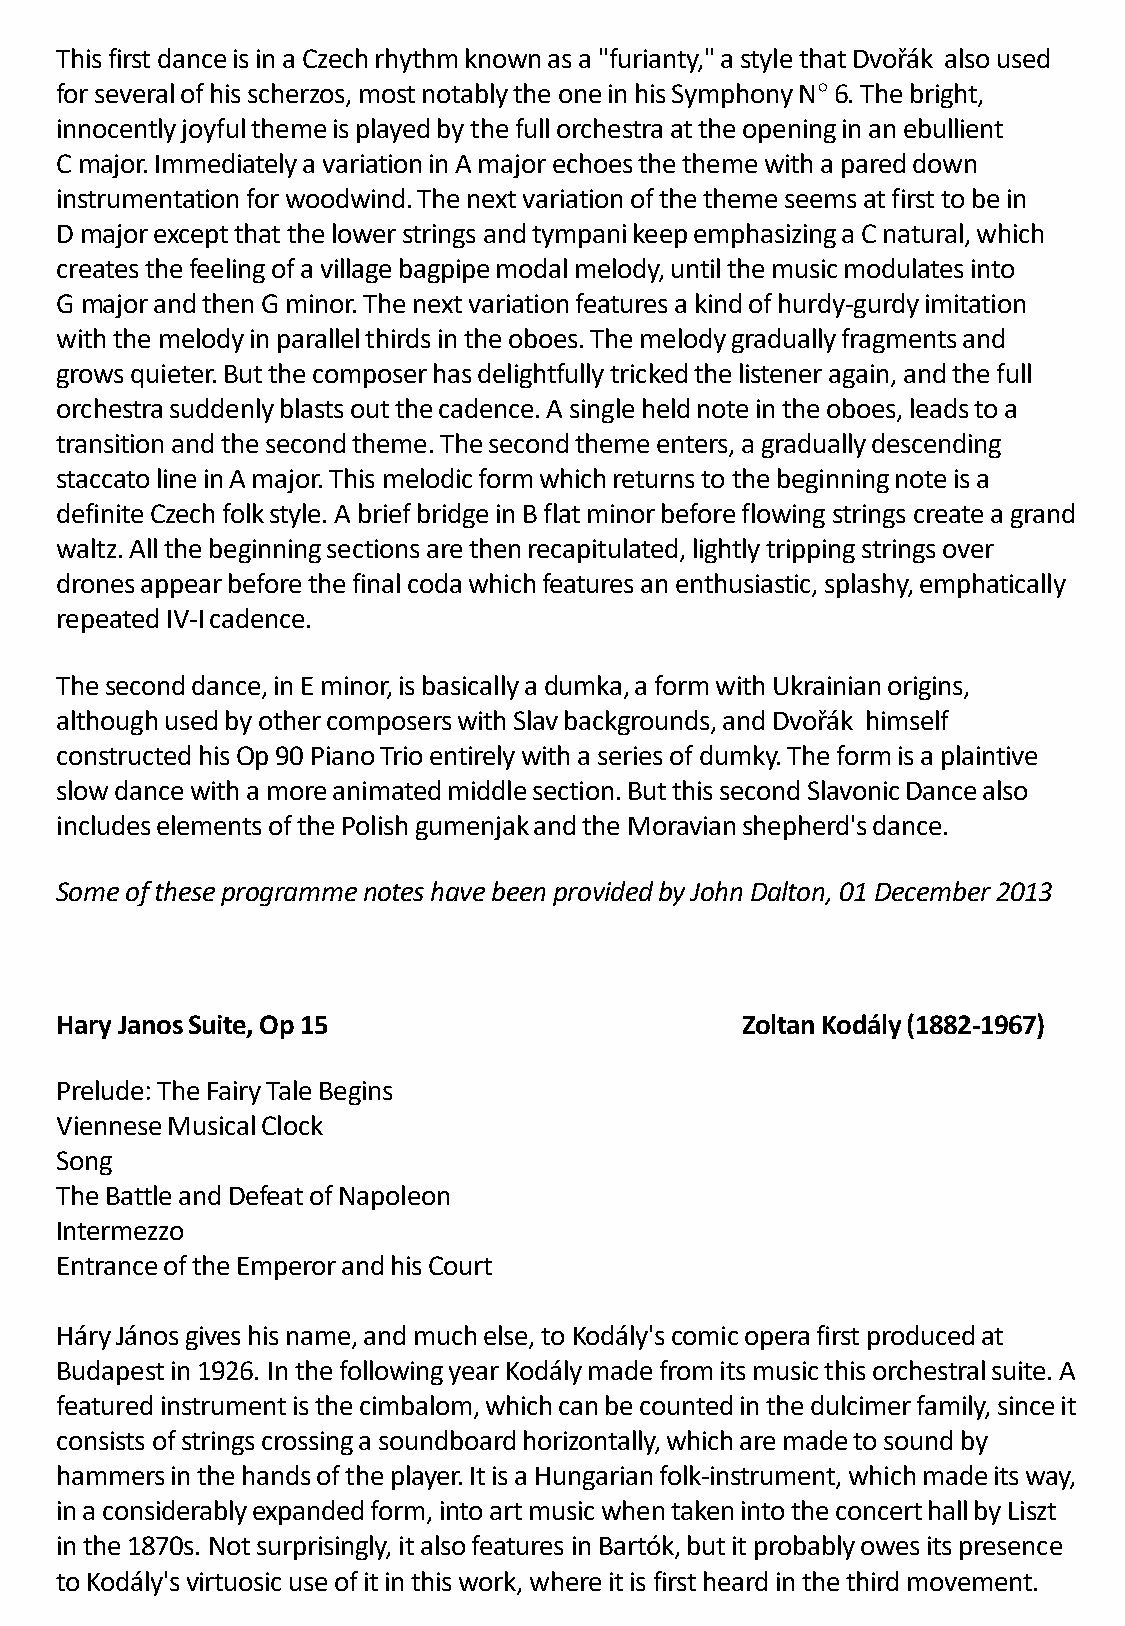
This first dance is in a Czech rhythm known as a "furianty," a style that Dvořák also used
 for several of his scherzos, most notably the one in his Symphony N° 6. The bright,
 innocently joyful theme is played by the full orchestra at the opening in an ebullient
 C major. Immediately a variation in A major echoes the theme with a pared down
 instrumentation for woodwind. The next variation of the theme seems at first to be in
 D major except that the lower strings and tympani keep emphasizing a C natural, which
 creates the feeling of a village bagpipe modal melody, until the music modulates into
 G major and then G minor. The next variation features a kind of hurdy-gurdy imitation
 with the melody in parallel thirds in the oboes. The melody gradually fragments and
 grows quieter. But the composer has delightfully tricked the listener again, and the full
 orchestra suddenly blasts out the cadence. A single held note in the oboes, leads to a
 transition and the second theme. The second theme enters, a gradually descending
 staccato line in A major. This melodic form which returns to the beginning note is a
 definite Czech folk style. A brief bridge in B flat minor before flowing strings create a grand
 waltz. All the beginning sections are then recapitulated, lightly tripping strings over
 drones appear before the final coda which features an enthusiastic, splashy, emphatically
 repeated IV-I cadence.
 The second dance, in E minor, is basically a dumka, a form with Ukrainian origins,
 although used by other composers with Slav backgrounds, and Dvořák himself
 constructed his Op 90 Piano Trio entirely with a series of dumky. The form is a plaintive
 slow dance with a more animated middle section. But this second Slavonic Dance also
 includes elements of the Polish gumenjak and the Moravian shepherd's dance.
 Some of these programme notes have been provided by John Dalton, 01 December 2013
 Hary Janos Suite, Op 15                      Zoltan Kodály (1882-1967)
 Prelude: The Fairy Tale Begins
 Viennese Musical Clock
 Song
 The Battle and Defeat of Napoleon
 Intermezzo
 Entrance of the Emperor and his Court
 Háry János gives his name, and much else, to Kodály's comic opera first produced at
 Budapest in 1926. In the following year Kodály made from its music this orchestral suite. A
 featured instrument is the cimbalom, which can be counted in the dulcimer family, since it
 consists of strings crossing a soundboard horizontally, which are made to sound by
 hammers in the hands of the player. It is a Hungarian folk-instrument, which made its way,
 in a considerably expanded form, into art music when taken into the concert hall by Liszt
 in the 1870s. Not surprisingly, it also features in Bartók, but it probably owes its presence
 to Kodály's virtuosic use of it in this work, where it is first heard in the third movement.